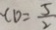
C D = \frac { 5 } { 2 }